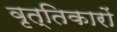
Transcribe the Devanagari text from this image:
वृत्तिकारों